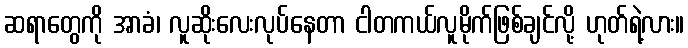
ဆရာတွေကို အာခံ၊ လူဆိုးလေးလုပ်နေတာ ငါတကယ်လူမိုက်ဖြစ်ချင်လို့ ဟုတ်ရဲ့လား။